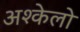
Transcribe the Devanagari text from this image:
अश्केलो